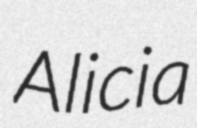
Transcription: Alicia